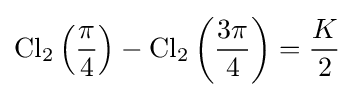
\operatorname {Cl} _{2}\left({\frac {\pi }{4}}\right)-\operatorname {Cl} _{2}\left({\frac {3\pi }{4}}\right)={\frac {K}{2}}